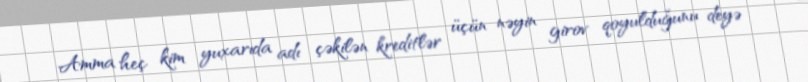
Amma heç kim yuxarıda adı çəkilən kreditlər üçün nəyin girov qoyulduğunu deyə